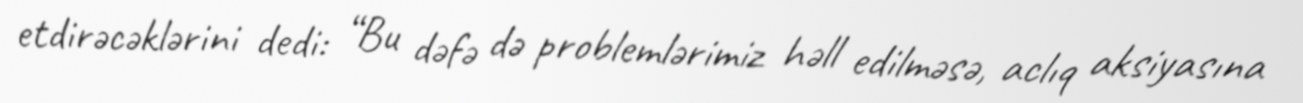
etdirəcəklərini dedi: “Bu dəfə də problemlərimiz həll edilməsə, aclıq aksiyasına